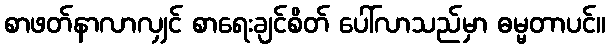
စာဖတ်နာလာလျှင် စာရေးချင်စိတ် ပေါ်လာသည်မှာ ဓမ္မတာပင်။